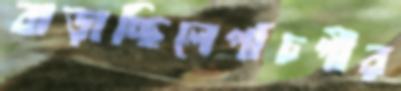
বাড়াচ্ছিলেপাঁচপীর